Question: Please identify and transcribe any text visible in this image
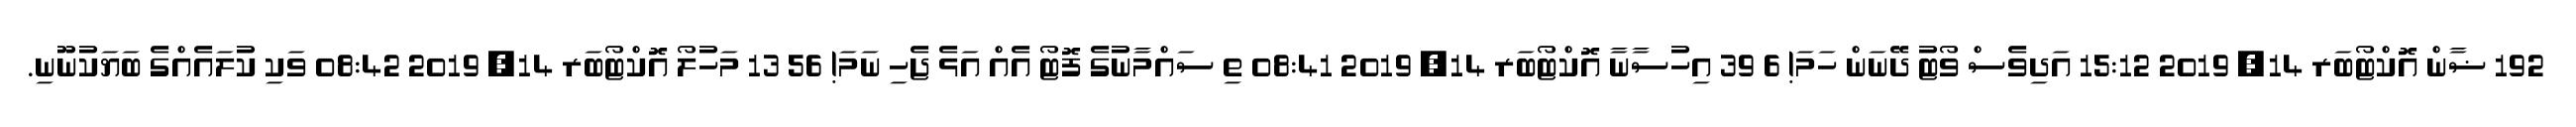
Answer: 192 ޟާން އޮކްޓޯބަރ 14, 2019 15:12 އަދިވެސް ވޯޓު ދޭނަން ހަމަ! 6 39 އިހުސާނާ އޮކްޓޯބަރ 14, 2019 08:41 ތި ސައްމާނުގެ ފޮޓޯ އެއް އަޅެ ޖެހި ނަމަ! 56 13 މަހުލޯ އޮކްޓޯބަރ 14, 2019 08:42 ވަކި ކުލައެއްގެ ބަޔަކުނޫނި.